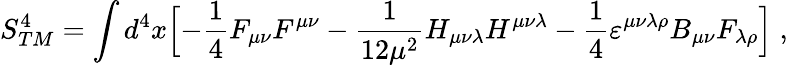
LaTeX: S_{TM}^{4}=\int d^{4}x\Bigl[-{\frac{1}{4}}F_{\mu\nu}F^{\mu\nu}-{\frac{1}{12\mu^{2}}}H_{\mu\nu\lambda}H^{\mu\nu\lambda}-{\frac{1}{4}}\varepsilon^{\mu\nu\lambda\rho}B_{\mu\nu}F_{\lambda\rho}\Bigl]\; ,